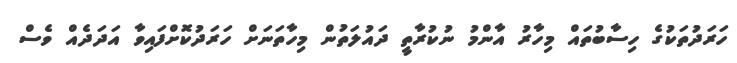
ހަރަދުތަކުގެ ހިސާބުތައް މިހާރު އާންމު ނުކުރާތީ ދައުލަތުން މިހާތަނަށް ހަރަދުކޮށްފައިވާ އަދަދެއް ވެސް